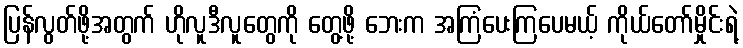
ပြန်လွတ်ဖို့အတွက် ဟိုလူဒီလူတွေကို တွေ့ဖို့ ဘေးက အကြံပေးကြပေမယ့် ကိုယ်တော်မှိုင်းရဲ့